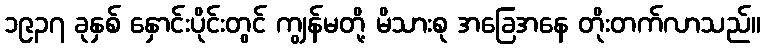
၁၉၃၇ ခုနှစ် နှောင်းပိုင်းတွင် ကျွန်မတို့ မိသားစု အခြေအနေ တိုးတက်လာသည်။